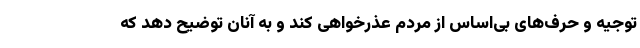
توجیه و حرف‌های بی‌اساس از مردم عذرخواهی کند و به آنان توضیح دهد که